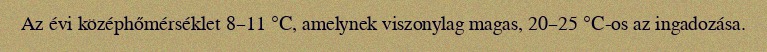
Az évi középhőmérséklet 8–11 °C, amelynek viszonylag magas, 20–25 °C-os az ingadozása.